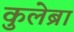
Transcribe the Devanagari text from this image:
कुलेब्रा